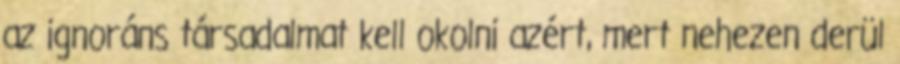
az ignoráns társadalmat kell okolni azért, mert nehezen derül